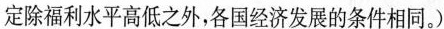
定除福利水平高低之外，各国经济发展的条件相同。)